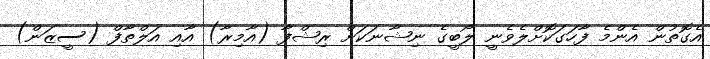
އެގޮތުން އެންމެ ފާހަގަކޮށްލެވެނީ ލޯބީގެ ނިޝާނަކަށް ރިޝްފާ (އާމިރާ) އާއި އަލްތާފް (ސީޒަން)